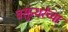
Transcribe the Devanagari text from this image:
वसुन्धरेच्या